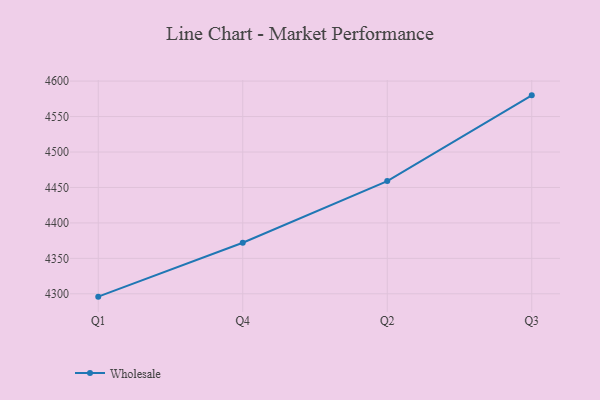
{"axis": {"x": "Quarter", "y": "Satisfaction Score"}, "legend": ["Wholesale"], "data": [{"x": "Q1", "y": 4296.0, "type": "Wholesale"}, {"x": "Q4", "y": 4372.0, "type": "Wholesale"}, {"x": "Q2", "y": 4459.0, "type": "Wholesale"}, {"x": "Q3", "y": 4579.9, "type": "Wholesale"}]}